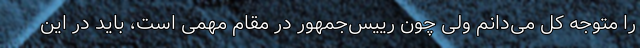
را متوجه کل می‌دانم ولی چون رییس‌جمهور در مقام مهمی است، باید در این